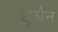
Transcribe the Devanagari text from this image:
धूमेन